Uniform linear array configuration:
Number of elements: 32
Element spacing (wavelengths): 0.75
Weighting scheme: cosine
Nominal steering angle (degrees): -15
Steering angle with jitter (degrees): -15.58
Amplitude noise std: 0.05
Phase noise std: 0.05

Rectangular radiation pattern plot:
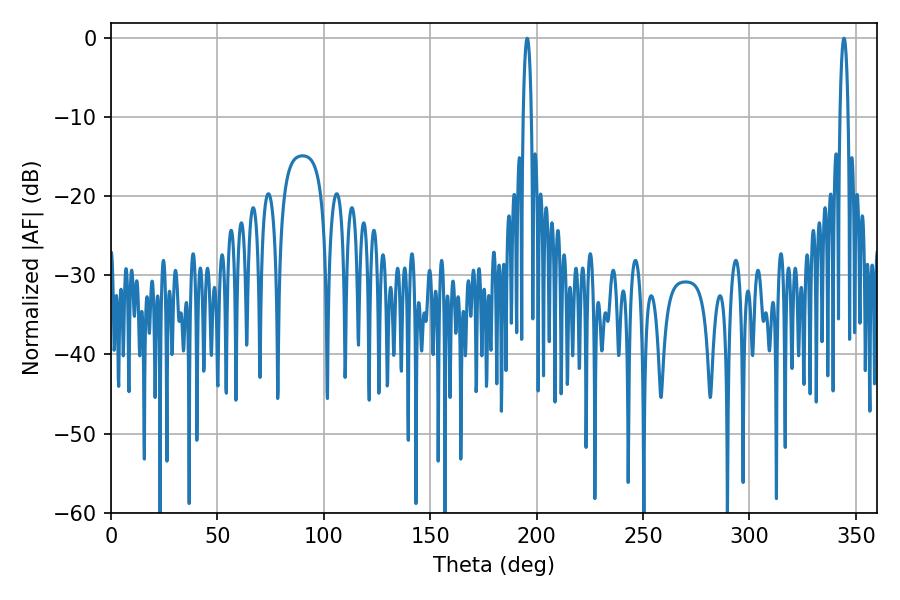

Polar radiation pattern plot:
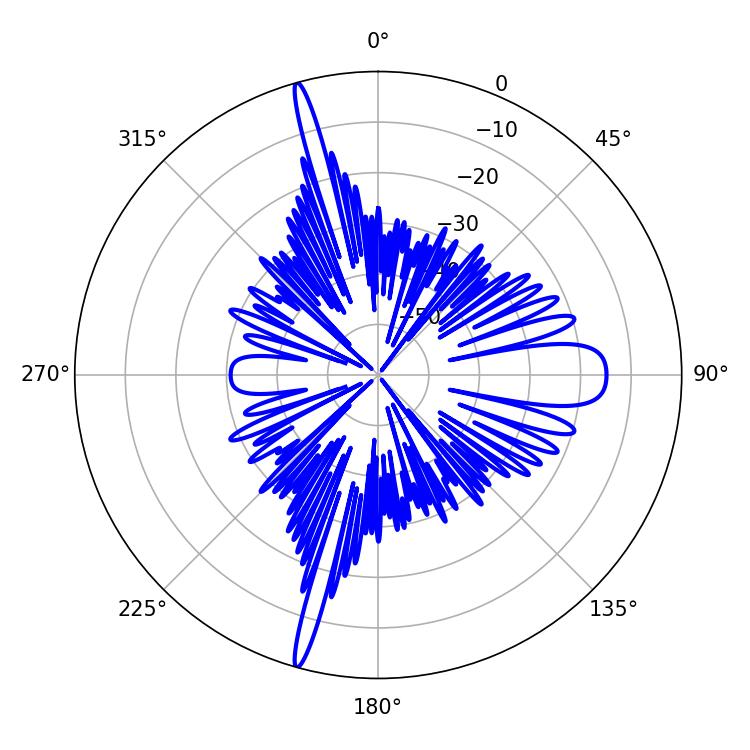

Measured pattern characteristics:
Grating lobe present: TRUE
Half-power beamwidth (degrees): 1.98
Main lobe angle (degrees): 195.66